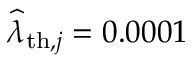
\widehat { \lambda } _ { \mathrm { t h } , j } = 0 . 0 0 0 1